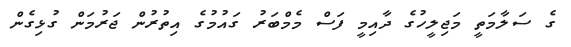
ގެ ސަލާމަތީ މަޖިލީހުގެ ދާއިމީ ފަސް މެމްބަރު ގައުމުގެ އިތުރުން ޖަރުމަން ގުޅިގެން